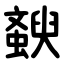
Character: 斔